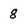
Character: 8